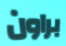
براون